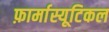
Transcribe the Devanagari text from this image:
फ़ार्मास्यूटिकल